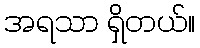
အရသာ ရှိတယ်။